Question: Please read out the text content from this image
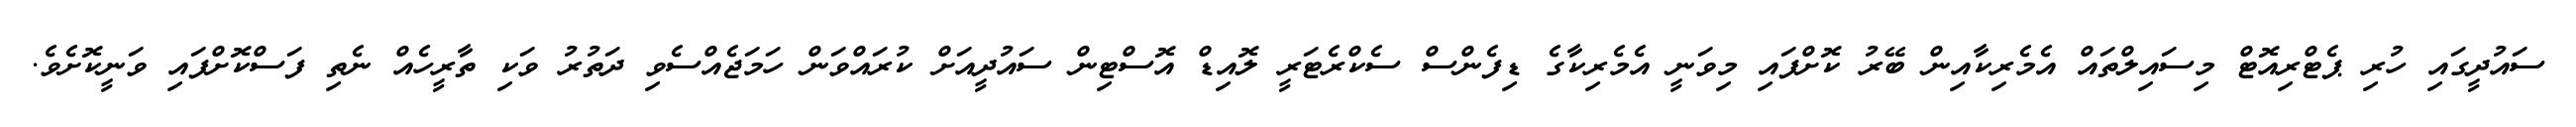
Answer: ސައުދީގައި ހުރި ޕެޓްރިއޮޓް މިސައިލްތައް އެމެރިކާއިން ބޭރު ކޮށްފައި މިވަނީ އެމެރިކާގެ ޑިފެންސް ސެކްރެޓަރީ ލޮއިޑް އޮސްޓިން ސައުދީއަށް ކުރައްވަން ހަމަޖެއްސެވި ދަތުރު ވަކި ތާރީހެއް ނެތި ފަސްކޮށްފައި ވަނީކޮށެވެ.